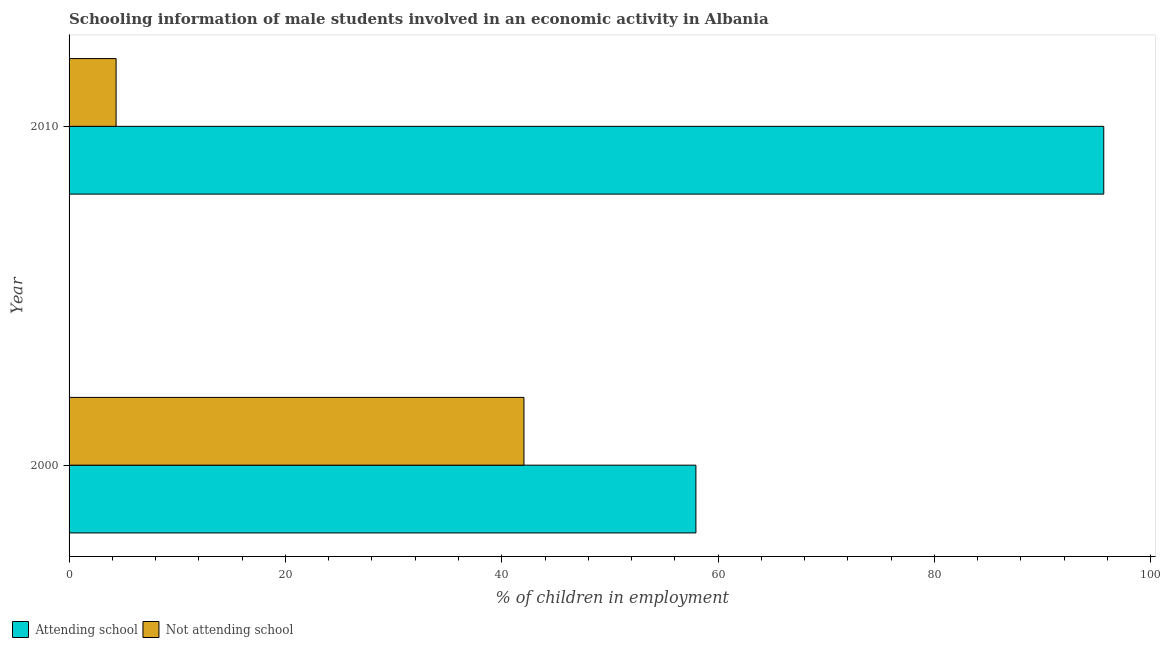
| Year | Attending school | Not attending school |
 | --- | --- | --- |
 | 2000 | 57.9 | 42.1 |
 | 2010 | 95.7 | 4.35 |